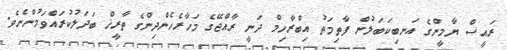
ރައީސް ޔާމީންގެ އަނބިކަބަލުން ފާތިމަތު އިބްރާހިމް ދަނީ ރާއްޖޭގެ މަހާރެހެންދިންގެ ތާރީޚް ބަދަލުކުރައްވަމުންނެވެ.